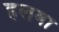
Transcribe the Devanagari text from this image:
हलबा